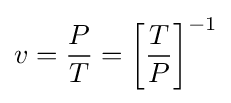
v={\frac {P}{T}}=\left[{\frac {T}{P}}\right]^{-1}